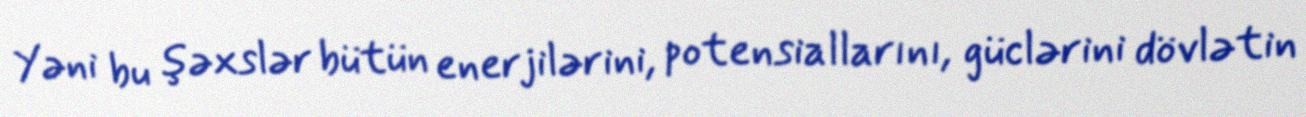
Yəni bu şəxslər bütün enerjilərini, potensiallarını, güclərini dövlətin